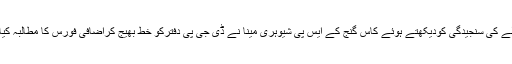
معاملے کی سنجیدگی کودیکھتے ہوئے کاس گنج کے ایس پی شیوہری مینا نے ڈی جی پی دفترکو خط بھیج کراضافی فورس کا مطالبہ کیا ہے۔